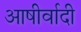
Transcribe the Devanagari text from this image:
आषीर्वादी